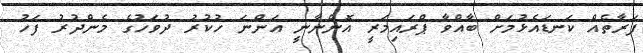
ފަރާތެއް ކަނޑައެޅުމަށް ބާއްވާ ޕްރައިމަރީ އޮންނާނީ އަންނަ ހުކުރު ދުވަހުގެ މެންދުރު ފަހު